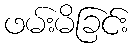
ဖမ်းမိခြင်း